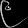
Digit: ၉